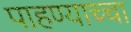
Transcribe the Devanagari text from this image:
पाहण्याच्चा